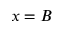
x = B